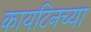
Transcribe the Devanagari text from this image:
कायटिनच्या